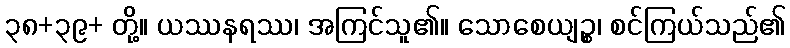
၃၈+၃၉+ တို့။ ယဿနရဿ၊ အကြင်သူ၏။ သောစေယျဉ္စ၊ စင်ကြယ်သည်၏